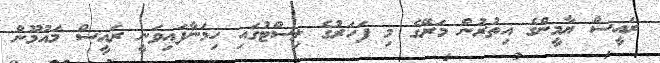
ރައީސް ޔާމީންގެ އިތުރުން މަރޭގެ މި ފަހަރުގެ ލިސްޓުގައި ހިމަނާފައިވަނީ ރައީސް މައުމޫން